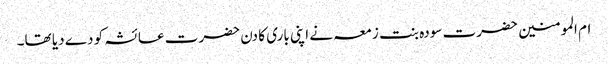
ام المومنین حضرت سودہ بنت زمعہ نے اپنی باری کا دن حضرت عائشہ کو دے دیا تھا۔